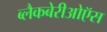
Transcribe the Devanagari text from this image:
ब्लैकबेरीओऍस